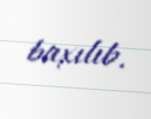
baxılıb.